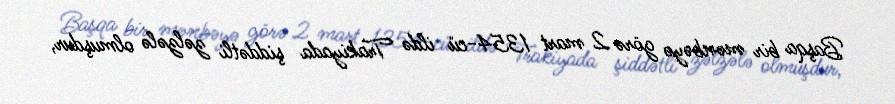
Başqa bir mənbəyə görə 2 mart 1354-cü ildə Trakiyada şiddətli zəlzələ olmuşdur,